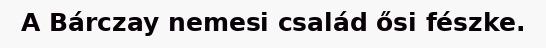
A Bárczay nemesi család ősi fészke.